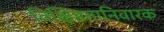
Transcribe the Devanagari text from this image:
विक्षिप्ततानिवारक